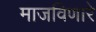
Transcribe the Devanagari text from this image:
माजविणारे